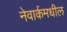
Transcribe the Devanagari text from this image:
नेवार्कमधील